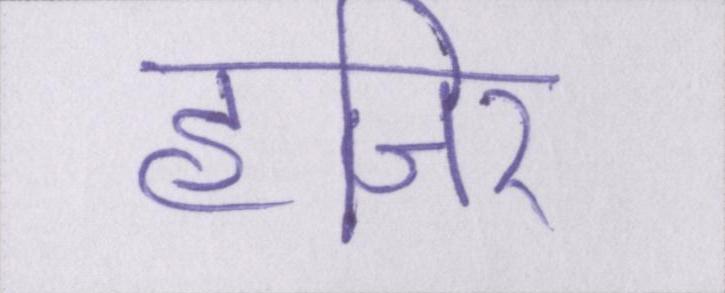
हाजिर